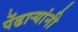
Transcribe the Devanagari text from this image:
पेंढाऱ्यांनी